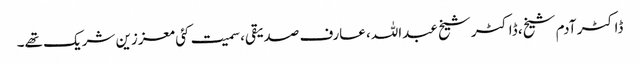
ڈاکٹر آدم شیخ، ڈاکٹر شیخ عبداللہ، عارف صدیقی، سمیت کئی معززین شریک تھے۔